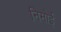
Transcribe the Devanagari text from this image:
निमोई